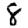
Digit: 8